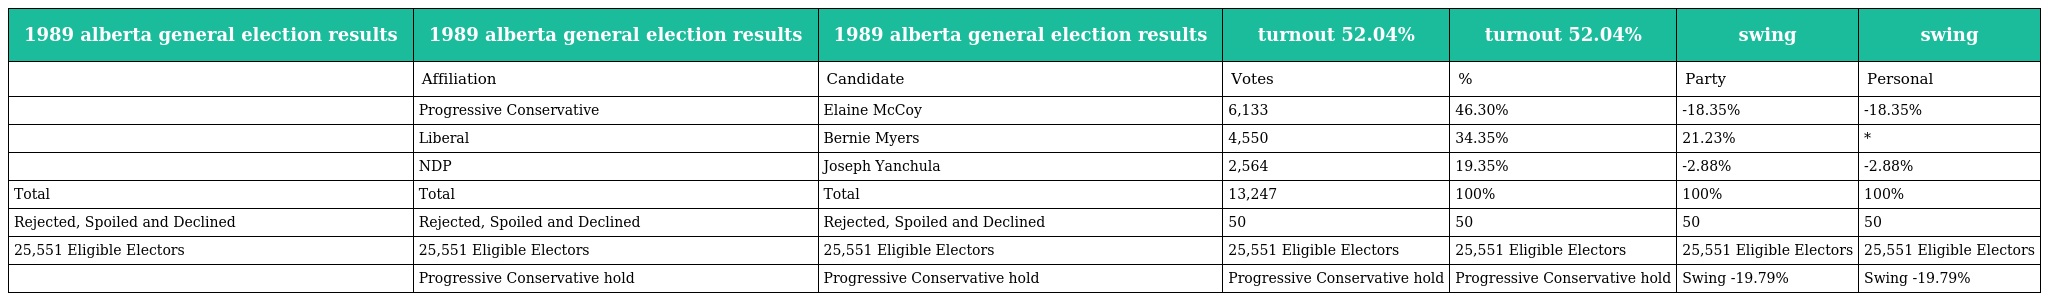
| 1989 alberta general election results | 1989 alberta general election results | 1989 alberta general election results | turnout 52.04% | turnout 52.04% | swing | swing |
 | --- | --- | --- | --- | --- | --- | --- |
 |  | Affiliation | Candidate | Votes | % | Party | Personal |
 |  | Progressive Conservative | Elaine McCoy | 6,133 | 46.30% | -18.35% | -18.35% |
 |  | Liberal | Bernie Myers | 4,550 | 34.35% | 21.23% | * |
 |  | NDP | Joseph Yanchula | 2,564 | 19.35% | -2.88% | -2.88% |
 | Total | Total | Total | 13,247 | 100% | 100% | 100% |
 | Rejected, Spoiled and Declined | Rejected, Spoiled and Declined | Rejected, Spoiled and Declined | 50 | 50 | 50 | 50 |
 | 25,551 Eligible Electors | 25,551 Eligible Electors | 25,551 Eligible Electors | 25,551 Eligible Electors | 25,551 Eligible Electors | 25,551 Eligible Electors | 25,551 Eligible Electors |
 |  | Progressive Conservative hold | Progressive Conservative hold | Progressive Conservative hold | Progressive Conservative hold | Swing -19.79% | Swing -19.79% |